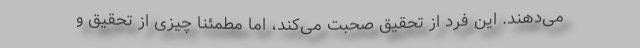
می‌دهند. این فرد از تحقیق صحبت می‌کند، اما مطمئنا چیزی از تحقیق و